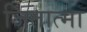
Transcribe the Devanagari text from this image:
जितात्मा